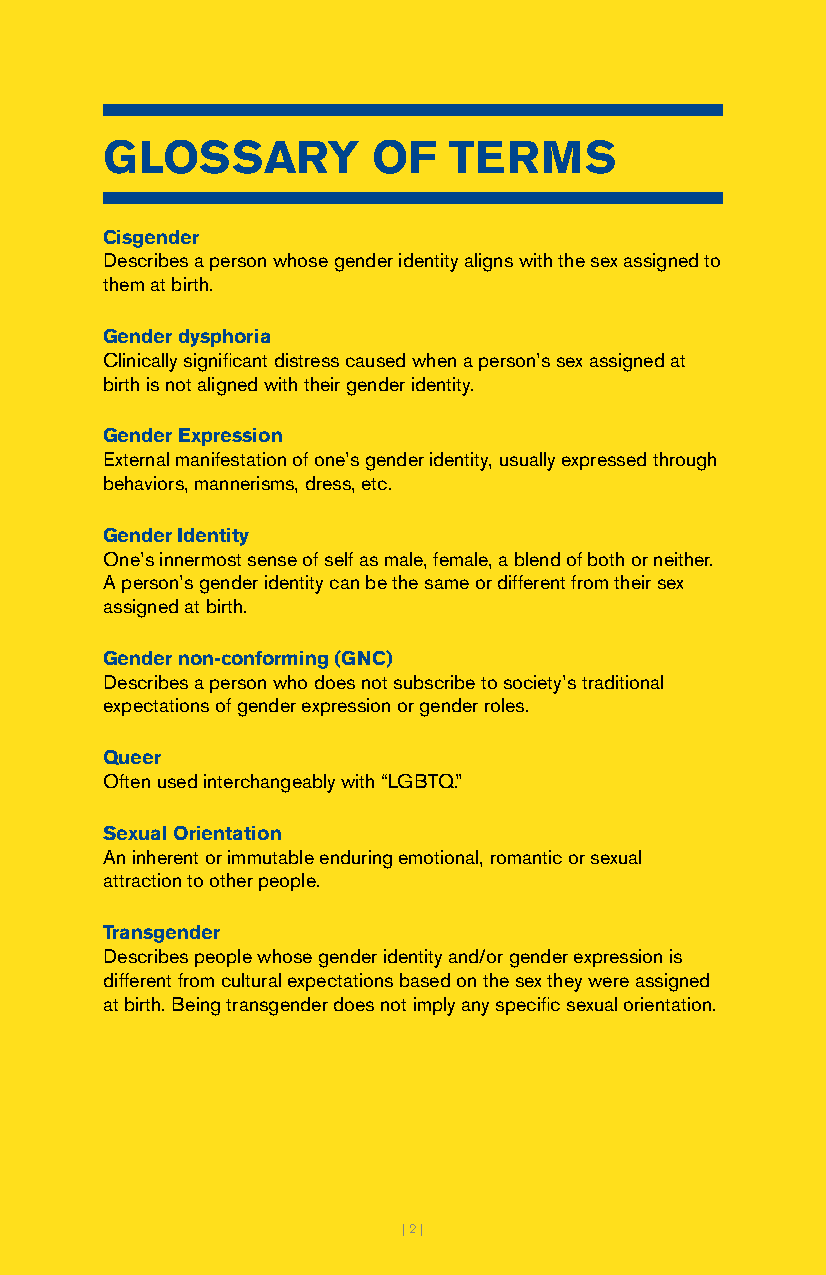
GLOSSARY          OF   TERMS
 Cisgender
 Describes a person whose gender identity aligns with the sex assigned to
 them at birth.
 Gender dysphoria
 Clinically significant distress caused when a person’s sex assigned at
 birth is not aligned with their gender identity.
 Gender Expression
 External manifestation of one’s gender identity, usually expressed through
 behaviors, mannerisms, dress, etc.
 Gender Identity
 One’s innermost sense of self as male, female, a blend of both or neither.
 A person’s gender identity can be the same or different from their sex
 assigned at birth.
 Gender non-conforming (GNC)
 Describes a person who does not subscribe to society’s traditional
 expectations of gender expression or gender roles.
 Queer
 Often used interchangeably with “LGBTQ.”
 Sexual Orientation
 An inherent or immutable enduring emotional, romantic or sexual
 attraction to other people.
 Transgender
 Describes people whose gender identity and/or gender expression is
 different from cultural expectations based on the sex they were assigned
 at birth. Being transgender does not imply any specific sexual orientation.
 || 22 ||